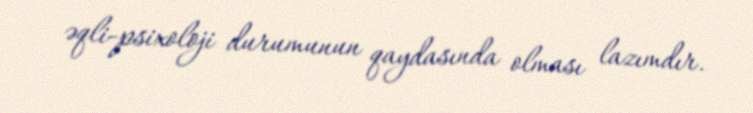
əqli-psixoloji durumunun qaydasında olması lazımdır.